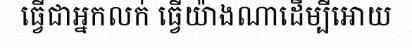
ធ្វើជាអ្នកលក់ ធ្វើយ៉ាងណាដើម្បីអោយ